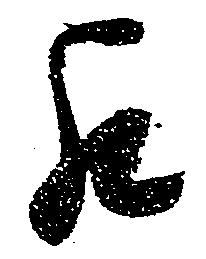
罷